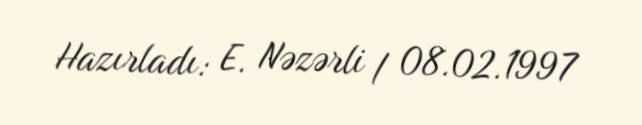
Hazırladı: E. Nəzərli / 08.02.1997